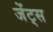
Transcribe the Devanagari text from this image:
जेंट्स